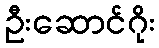
ဦးဆောင်ဂိုး